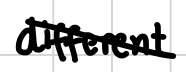
Text: different
Cross-out: diagonal
Writing tool: digital_black